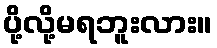
ပို့လို့မရဘူးလား။